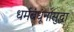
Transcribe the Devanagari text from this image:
धर्मबंधूंनासुद्धा